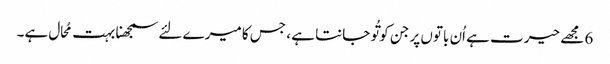
6 مجھے حیرت ہے اُن باتوں پر جن کو تُو جانتا ہے ، جس کا میرے لئے سمجھنا بہت مُحال ہے۔